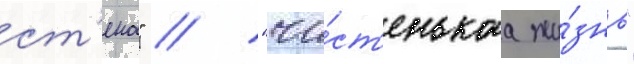
ст'ена" / "чи́ст'енькаа жи́знь"